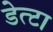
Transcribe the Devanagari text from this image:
डेत्टा